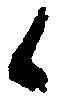
候